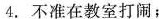
4. 不准在教室打闹；